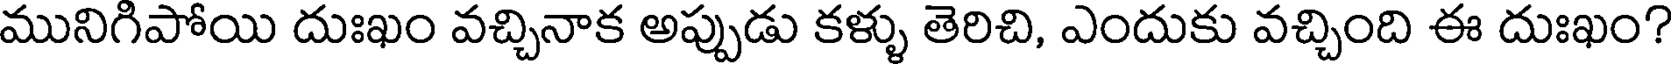
మునిగిపోయి దుఃఖం వచ్చినాక అప్పుడు కళ్ళు తెరిచి, ఎందుకు వచ్చింది ఈ దుఃఖం?